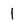
Character: 1